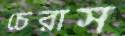
চেরাস